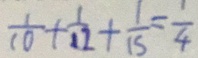
\frac { 1 } { 1 0 } + \frac { 1 } { 1 2 } + \frac { 1 } { 1 5 } = \frac { 1 } { 4 }